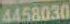
4458030